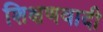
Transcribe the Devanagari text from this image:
शिक्षणवादी